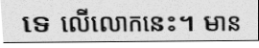
ទេ លើលោកនេះ។ មាន